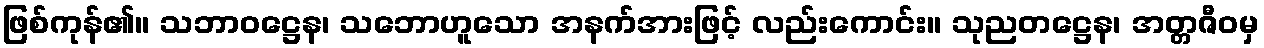
ဖြစ်ကုန်၏။ သဘာဝဋ္ဌေန၊ သဘောဟူသော အနက်အားဖြင့် လည်းကောင်း။ သုညတဋ္ဌေန၊ အတ္တဇီဝမှ